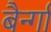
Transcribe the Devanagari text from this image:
बैर्न्गा